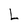
Character: L